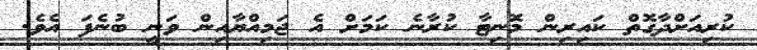
ކުރިއަށްދާގޮތް ކައިރިން މޮނިޓާ ކުރާނެ ކަމަށް އެ ޖަމިއްޔާއިން ވަނީ ބުނެފަ އެވެ.